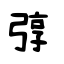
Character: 弴